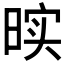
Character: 𰖓